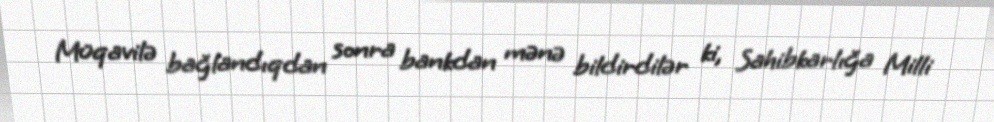
Müqavilə bağlandıqdan sonra bankdan mənə bildirdilər ki, Sahibkarlığa Milli